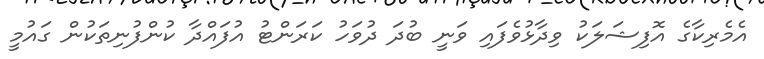
އެމެރިކާގެ އޮފިޝަލަކު ވިދާޅުވެފައި ވަނީ ބުދަ ދުވަހު ކަރަންޓު އުފައްދާ ކުންފުނިތަކުން ގައުމީ